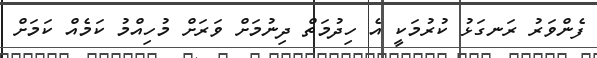
ފެންވަރު ރަނގަޅު ކުރުމަކީ އެ ހިދުމަތް ދިނުމަށް ވަރަށް މުހިއްމު ކަމެއް ކަމަށް